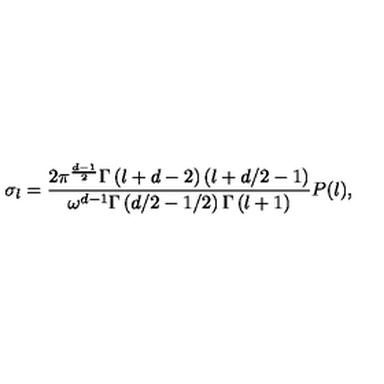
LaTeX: \sigma _ { l } = \frac { 2 \pi ^ { \frac { d - 1 } { 2 } } \Gamma \left( l + d - 2 \right) \left( l + d / 2 - 1 \right) } { \omega ^ { d - 1 } \Gamma \left( d / 2 - 1 / 2 \right) \Gamma \left( l + 1 \right) } P ( l ) ,